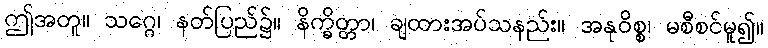
ဤအတူ။ သဂ္ဂေ၊ နတ်ပြည်၌။ နိက္ခိတ္တာ၊ ချထားအပ်သနည်း။ အနုဝိစ္စ၊ မစီစင်မူ၍။